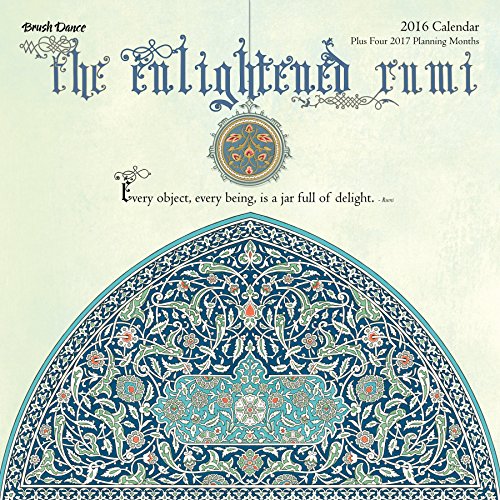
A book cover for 2016 Enlightened Rumi Wall Calendar; Brush Dance; Calendars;